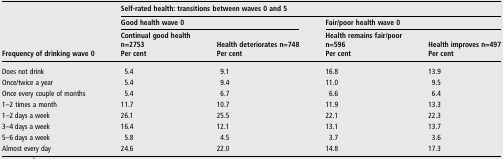
| <ROWSPAN=3> Frequency of drinking wave 0 | <COLSPAN=4> Self-rated health: transitions between waves 0 and 5 |
 | <COLSPAN=2> Good health wave 0 | <COLSPAN=2> Fair/poor health wave 0 |
 | Continual good healthn=2753Per cent | Health deteriorates n=748Per cent | Health remains fair/poorn=596Per cent | Health improves n=497Per cent |
 | --- | --- | --- | --- | --- |
 | Does not drink | 5.4 | 9.1 | 16.8 | 13.9 |
 | Once/twice a year | 5.4 | 9.4 | 11.0 | 9.5 |
 | Once every couple of months | 5.4 | 6.7 | 6.6 | 6.4 |
 | 1–2 times a month | 11.7 | 10.7 | 11.9 | 13.3 |
 | 1–2 days a week | 26.1 | 25.5 | 22.1 | 22.3 |
 | 3–4 days a week | 16.4 | 12.1 | 13.1 | 13.7 |
 | 5–6 days a week | 5.8 | 4.5 | 3.7 | 3.6 |
 | Almost every day | 24.6 | 22.0 | 14.8 | 17.3 |